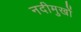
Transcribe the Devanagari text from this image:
नदीमुखों